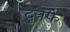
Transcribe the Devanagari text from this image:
दुनफे